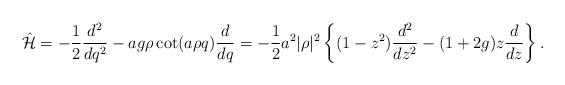
LaTeX: \begin{align*}\hat{\cal H}=-{1\over2}{d^2\over{dq^2}}-ag\rho\cot(a\rho q){d\over{dq}}= -{1\over2}a^2|\rho|^2\left\{(1-z^2){d^2\over{dz^2}}- (1+2g)z{d\over{dz}}\right\}.\end{align*}